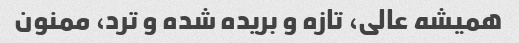
همیشه عالی، تازه و بریده شده و ترد، ممنون